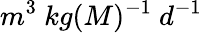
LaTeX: m^{3}\ kg(M)^{-1}\ d^{-1}